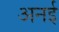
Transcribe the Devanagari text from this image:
अनई